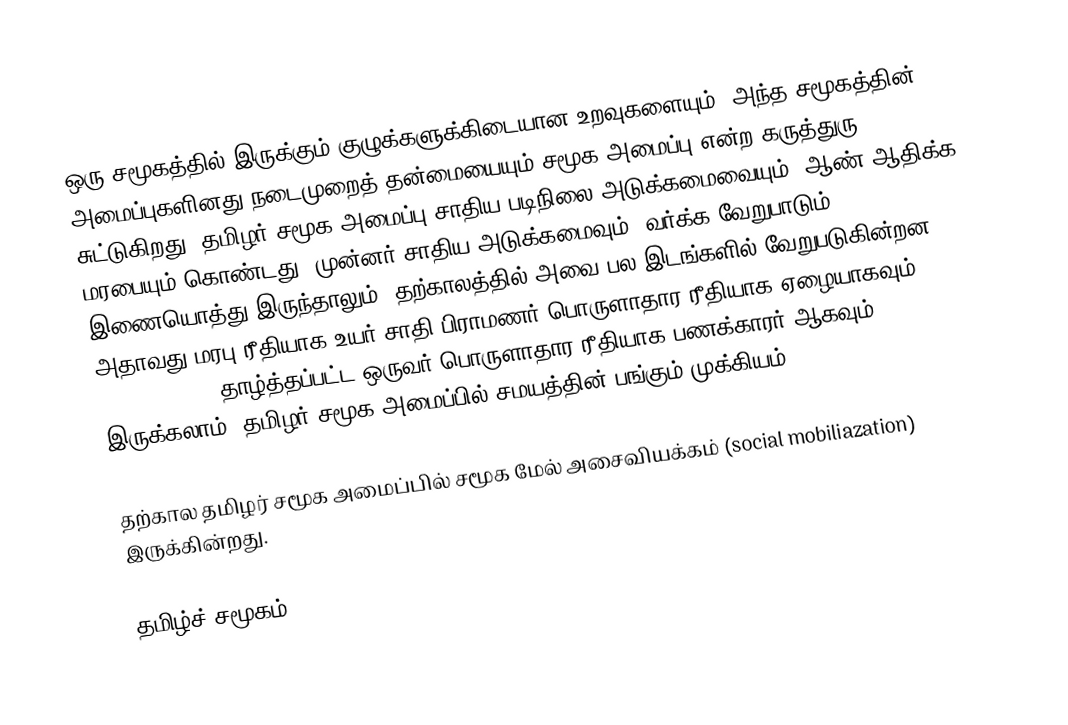
ஒரு சமூகத்தில் இருக்கும் குழுக்களுக்கிடையான உறவுகளையும், அந்த சமூகத்தின் அமைப்புகளினது நடைமுறைத் தன்மையையும் சமூக அமைப்பு என்ற கருத்துரு சுட்டுகிறது.  தமிழர் சமூக அமைப்பு சாதிய படிநிலை அடுக்கமைவையும், ஆண் ஆதிக்க மரபையும் கொண்டது.  முன்னர் சாதிய அடுக்கமைவும், வர்க்க வேறுபாடும் இணையொத்து இருந்தாலும், தற்காலத்தில் அவை பல இடங்களில் வேறுபடுகின்றன.  அதாவது மரபு ரீதியாக உயர் சாதி பிராமணர் பொருளாதார ரீதியாக ஏழையாகவும் (underclass), தாழ்த்தப்பட்ட ஒருவர் பொருளாதார ரீதியாக பணக்காரர் ஆகவும் இருக்கலாம்.  தமிழர் சமூக அமைப்பில் சமயத்தின் பங்கும் முக்கியம்.

தற்கால தமிழர் சமூக அமைப்பில் சமூக மேல் அசைவியக்கம் (social mobiliazation) இருக்கின்றது.

தமிழ்ச் சமூகம்